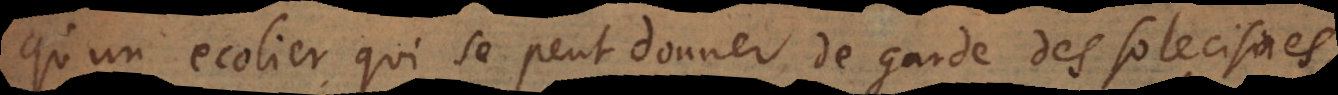
qu’un ecolier qui se peut donner de garde des solecismes,